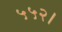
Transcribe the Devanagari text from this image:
५५२।